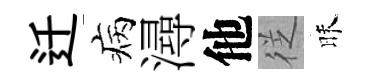
迁病潯他徔昧